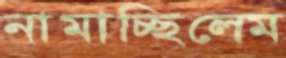
নামাচ্ছিলেম